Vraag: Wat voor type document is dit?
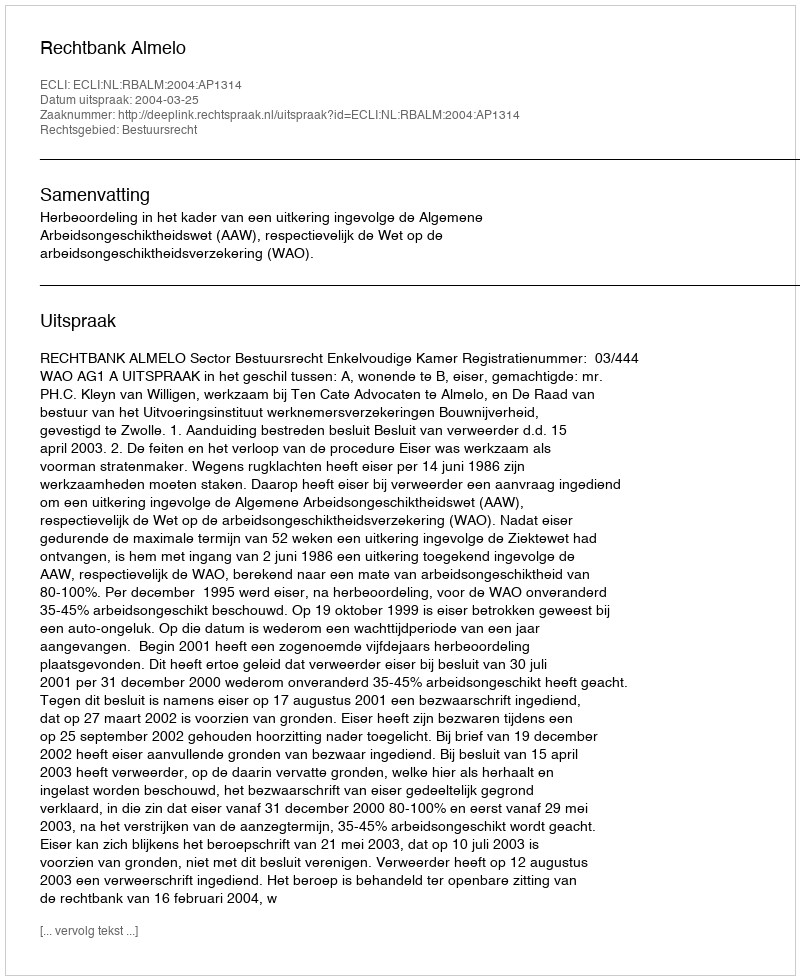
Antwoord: Uitspraak